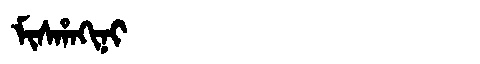
Manchu: ᠮᡳᠰᡥᠠᡴᡳᠨᡳ
Romanization: MISHAKINI